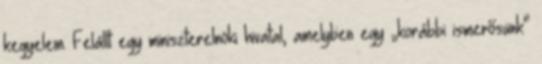
kegyelem. Felállt egy miniszterelnöki hivatal, amelyben egy „korábbi ismerő­sünk”